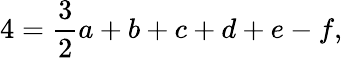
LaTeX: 4={\frac{3}{2}}a+b+c+d+e-f,